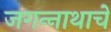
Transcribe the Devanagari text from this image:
जगन्‍नाथाचे